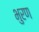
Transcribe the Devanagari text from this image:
भुरण